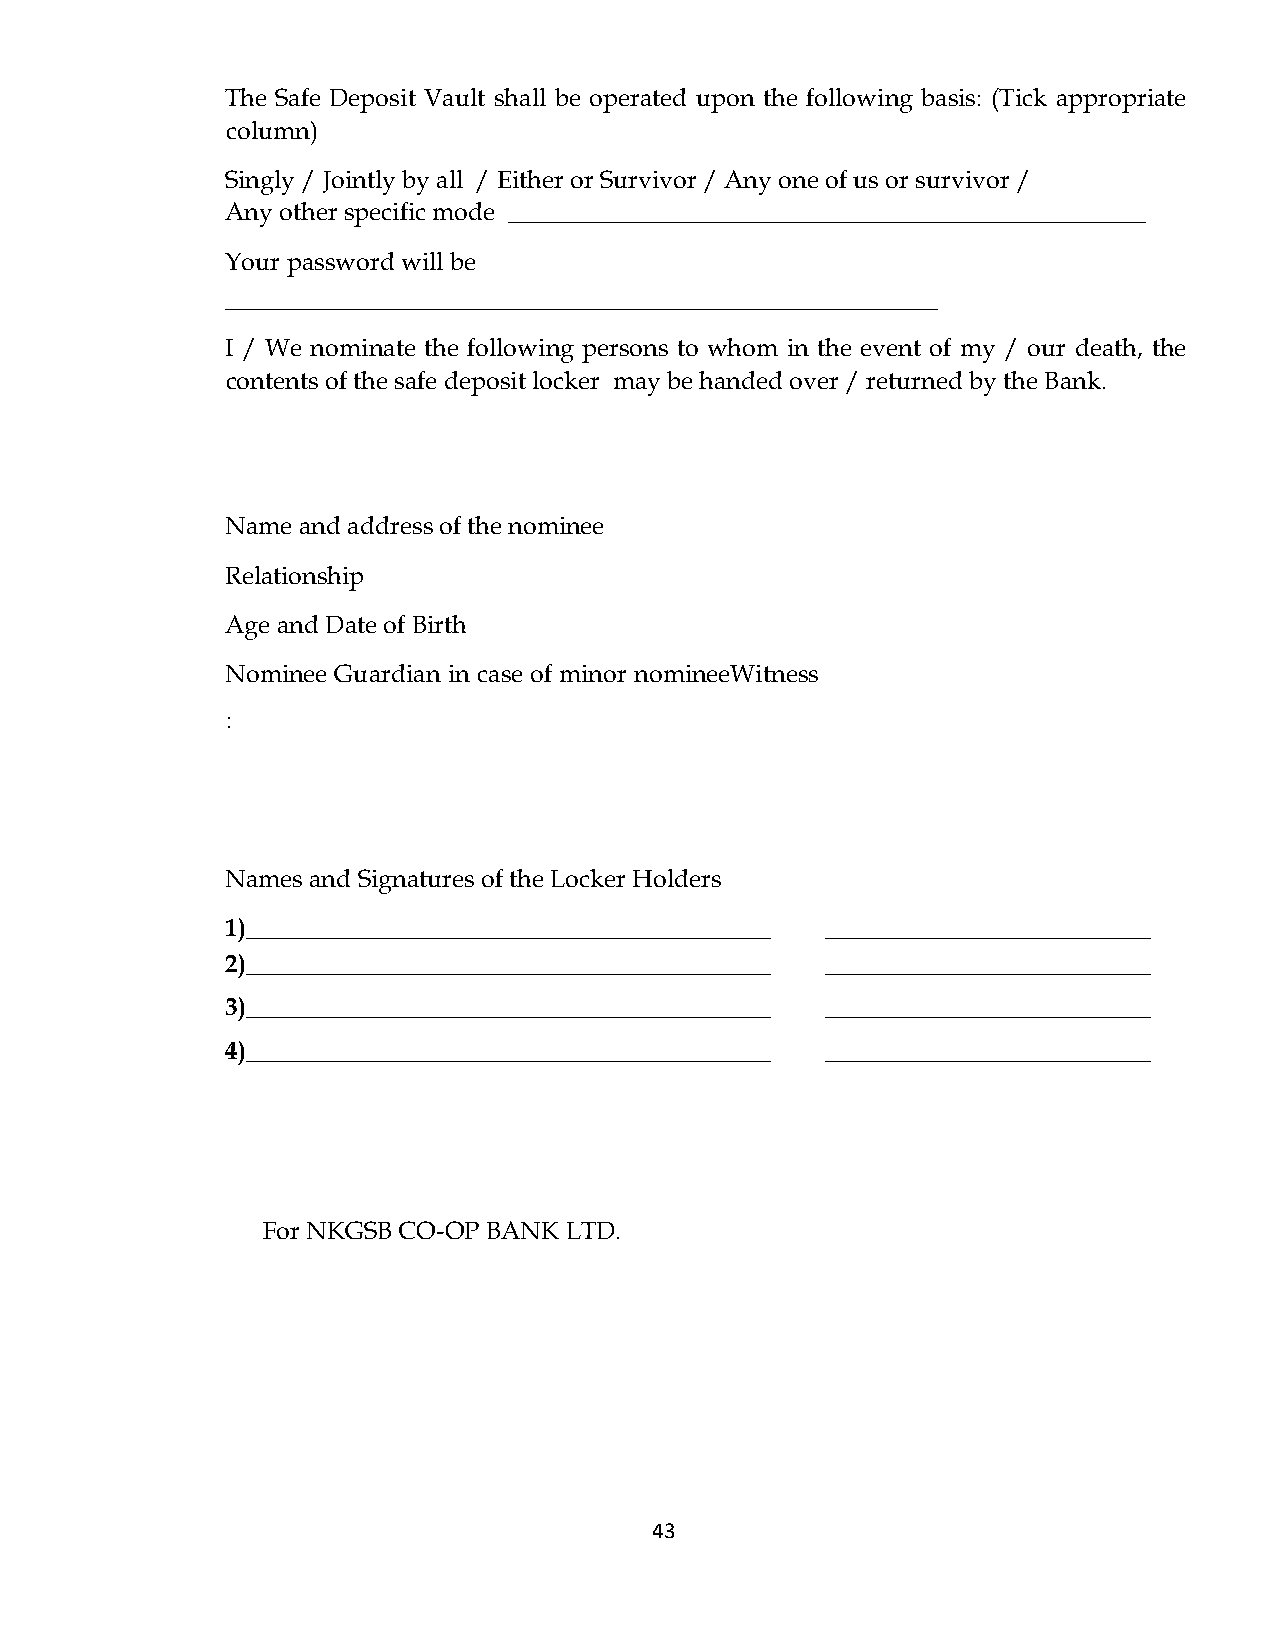
The Safe Deposit Vault shall be operated upon the following basis: (Tick appropriate
 column)
 Singly / Jointly by all / Either or Survivor / Any one of us or survivor /
 Any other specific mode ___________________________________________________
 Your password will be
 _________________________________________________________
 I / We nominate the following persons to whom in the event of my / our death, the
 contents of the safe deposit locker may be handed over / returned by the Bank.
 Name and address of the nominee
 Relationship
 Age and Date of Birth
 Nominee Guardian in case of minor nomineeWitness
 :
 Names and Signatures of the Locker Holders
 1)__________________________________________ __________________________
 2)__________________________________________ __________________________
 3)__________________________________________ __________________________
 4)__________________________________________ __________________________
 For NKGSB CO-OP BANK LTD.
 43